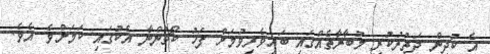
އެ ކުދިން ދަތުރުކުރީ މުބާރާތެއްގައި ބައިވެރިވުމަށް ފަހު ކޯޗުންނާ އެކުގައި ކަމަށްވެ އެވެ.